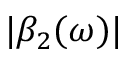
| \beta _ { 2 } ( \omega ) |